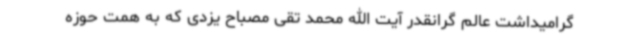
گرامیداشت عالم گرانقدر آیت الله محمد تقی مصباح یزدی که به همت حوزه